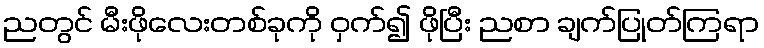
ညတွင် မီးဖိုလေးတစ်ခုကို ဝှက်၍ ဖိုပြီး ညစာ ချက်ပြုတ်ကြရာ